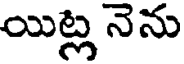
యిట్ల నెను